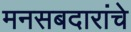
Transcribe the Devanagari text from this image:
मनसबदारांचे